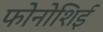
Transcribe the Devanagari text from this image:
फोनोशिई